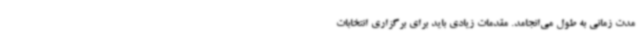
مدت زمانی به طول می‌انجامد. مقدمات زیادی باید برای برگزاری انتخابات